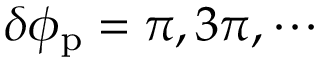
\delta \phi _ { \mathrm { p } } = \pi , 3 \pi , \cdots